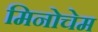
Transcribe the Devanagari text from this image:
मिनोचेम